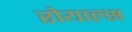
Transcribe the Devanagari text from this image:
रोयाल्स